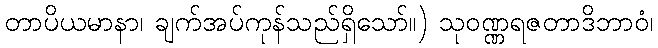
တာပိယမာနာ၊ ချက်အပ်ကုန်သည်ရှိသော်။) သုဝဏ္ဏရဇတာဒိဘာဝံ၊